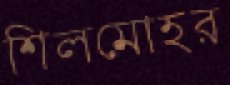
শিলমোহর